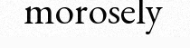
morosely